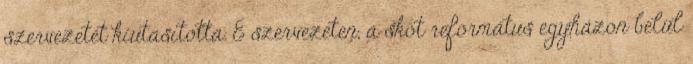
szervezetet kiutasította. E szervezeten, a skót református egyházon belül